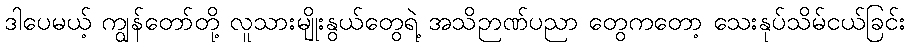
ဒါပေမယ့် ကျွန်တော်တို့ လူသားမျိုးနွယ်တွေရဲ့ အသိဉာဏ်ပညာ တွေကတော့ သေးနုပ်သိမ်ငယ်ခြင်း